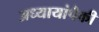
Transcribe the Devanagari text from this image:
अध्यायांपैकी